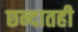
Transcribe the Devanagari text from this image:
छन्दातही